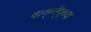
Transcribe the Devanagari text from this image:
वाक्‌नैपुण्य